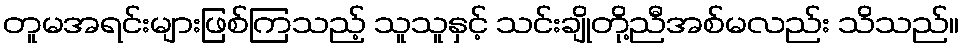
တူမအရင်းများဖြစ်ကြသည့် သူသူနှင့် သင်းချိုတို့ညီအစ်မလည်း သိသည်။